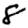
Digit: 8